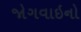
જોગવાઇનો